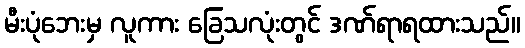
မီးပုံဘေးမှ လူကား ခြေသလုံးတွင် ဒဏ်ရာရထားသည်။